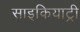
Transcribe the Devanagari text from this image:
साइकियाट्री